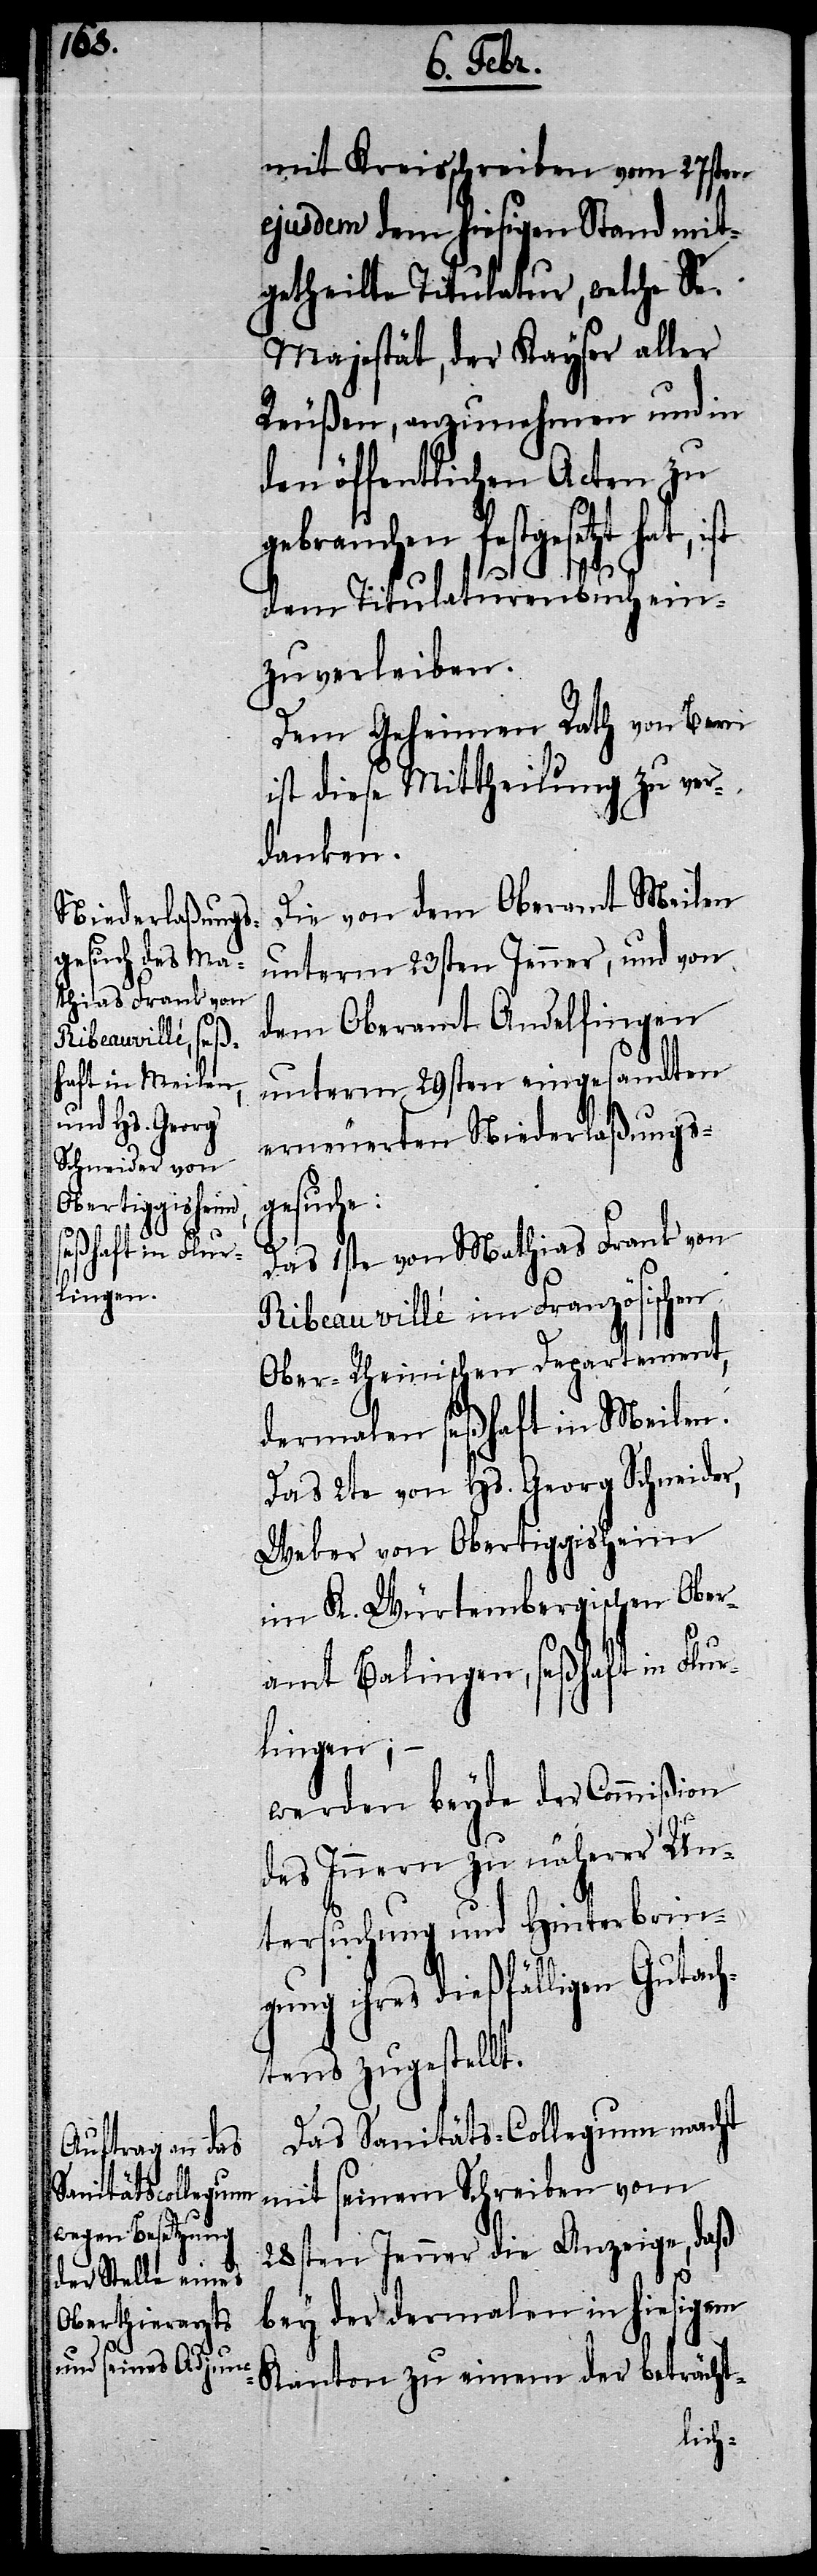
mit Kreisschreiben vom 27sten
ejusdem dem hiesigen Stand mit¬
getheilte Titulatur, welche Se.
Majestät, der Kayser aller
Reußen, anzunehmen und in
den öffentlichen Acten zu
gebrauchen festgesetzt hat, ist
dem Titulaturenbuch ein¬
zuverleiben.
Dem Geheimen Rath von Bern
ist diese Mittheilung zu ver¬
danken.
Die von dem Oberamt Meilen
unterm 23sten Jenner, und von
dem Oberamt Andelfingen
unterm 29sten eingesandten
erneuerten Niederlaßungs¬
gesuche:
Das 1ste von Mathias Frank von
Ribeauvillé im Französischen
Ober-Rheinischen Departement,
dermalen seßhaft in Meilen.
Das 2te von Hs. Georg Schneider,
Weber von Obertiggisheim
im K. Würtembergischen Ober¬
amt Balingen, seßhaft in Flur¬
lingen;
werden beyde der Commißion
des Innern zu näherer Un¬
tersuchung und Hinterbrin¬
gung ihres dießfälligen Gutac¬
htens zugestellt.
Das Sanitäts-Collegium macht
mit seinem Schreiben vom
28sten Jenner die Anzeige, daß
bey der dermalen in hiesigem
Kanton zu einem der beträcht-